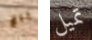
باغ تميل